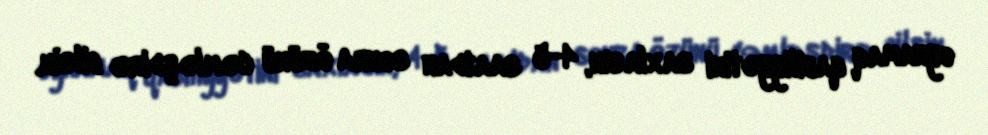
oynamaq qabiliyyətini saxlasın, 4-5 saatdan sonra özünü cəmləşdirə bilsin.